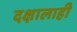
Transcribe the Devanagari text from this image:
दक्षालाही